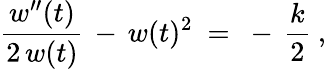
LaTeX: {\frac{w^{\prime\prime}(t)}{2\, w(t)}}\, -\, w(t)^{2}~=~-\, {\frac{k}{2}}~,